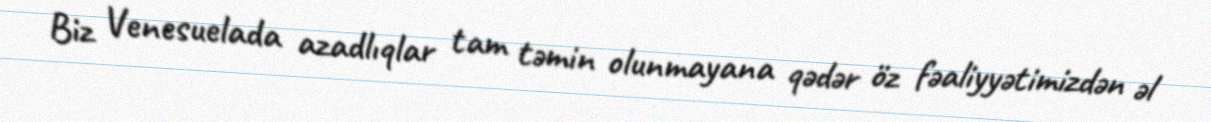
Biz Venesuelada azadlıqlar tam təmin olunmayana qədər öz fəaliyyətimizdən əl